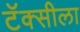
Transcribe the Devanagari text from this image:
टॅक्सीला